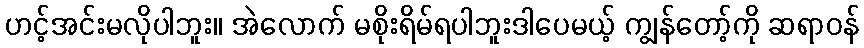
ဟင့်အင်းမလိုပါဘူး။ အဲလောက် မစိုးရိမ်ရပါဘူးဒါပေမယ့် ကျွန်တော့်ကို ဆရာဝန်